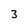
Character: 3